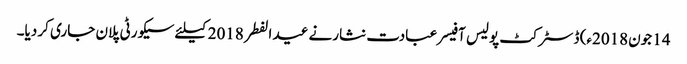
14 جون2018ء) ڈسٹرکٹ پولیس آفیسر عبادت نثارنے عید الفطر 2018کیلئے سیکورٹی پلان جاری کر دیا۔